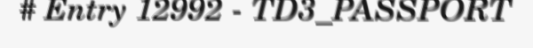
# Entry 12992 - TD3_PASSPORT